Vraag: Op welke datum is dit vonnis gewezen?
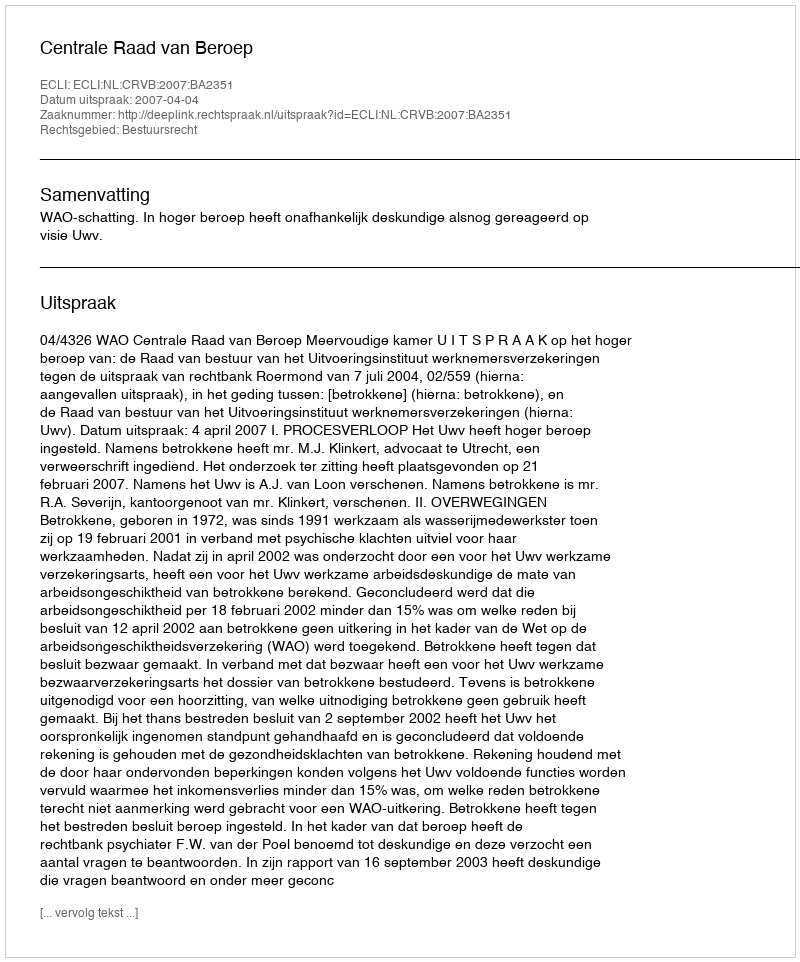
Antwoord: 2007-04-04